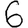
Digit: 6